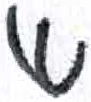
אות: א